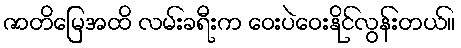
ဇာတိမြေအထိ လမ်းခရီးက ဝေးပဲဝေးနိုင်လွန်းတယ်။